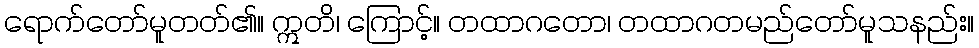
ရောက်တော်မူတတ်၏။ ဣတိ၊ ကြောင့်။ တထာဂတော၊ တထာဂတမည်တော်မူသနည်း။